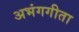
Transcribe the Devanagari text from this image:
अभंगगीता